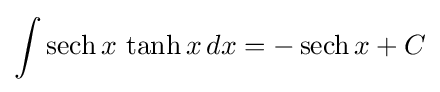
\int \operatorname {sech} x\,\operatorname {tanh} x\,dx=-\operatorname {sech} x+C